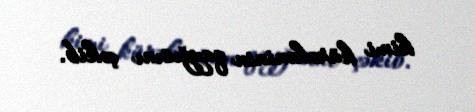
kimi kürəkəninin qayğısını çəkib.